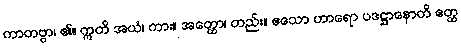
ကာတဗ္ဗာ၊ ၏။ ဣတိ အယံ၊ ကား။ အတ္ထော၊ တည်း။ ဧသော ဟာရော ပဒဋ္ဌာနောတိ ဧတ္ထ